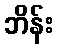
ဘိန်း